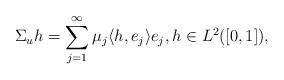
LaTeX: \begin{align*}\Sigma _u h = \sum _{j=1} ^\infty { \mu _j \langle h, e_j \rangle e_j, h \in L^2([0,1])}, \end{align*}